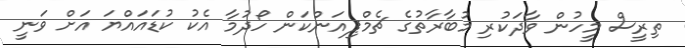
ތިރީސް މީހުން ވާދަކުރި މުބާރާތުގެ ޗެމްޕިއަންކަން ހޯދުމާ އެކު ކުޑައައްޔަ އަށް ވަނީ